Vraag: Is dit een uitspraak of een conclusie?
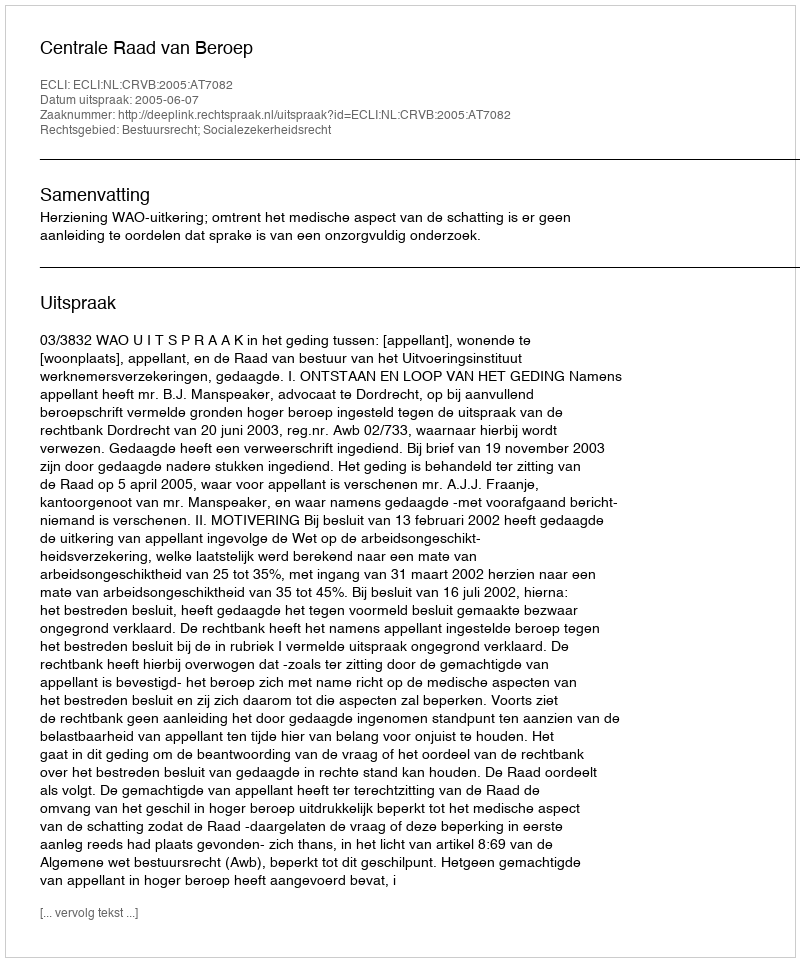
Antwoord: Uitspraak